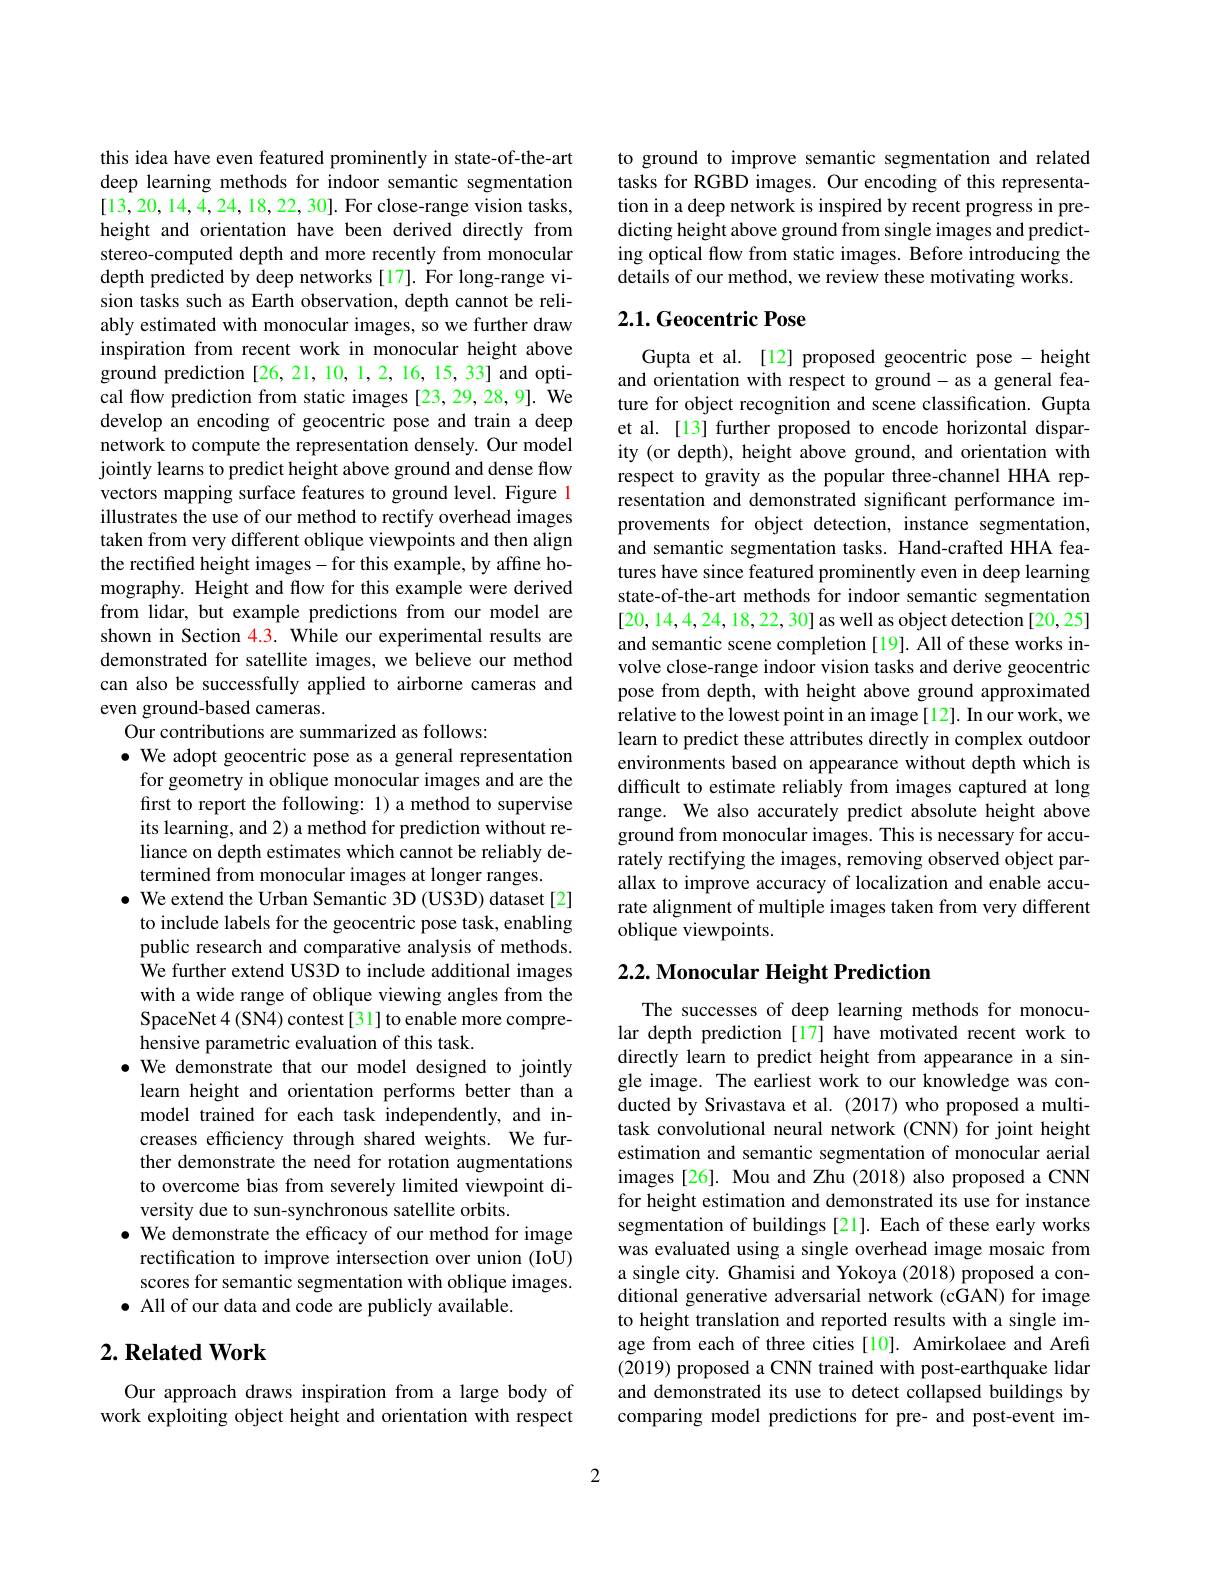
this idea have even featured prominently in state-of-the-art deep learning methods for indoor semantic segmentation [13,20,14,4,24,18,22,30]. For close-range vision tasks, height and orientation have been derived directly from stereo-computed depth and more recently from monocular depth predicted by deep networks [17]. For long-range vision tasks such as Earth observation, depth cannot be reliably estimated with monocular images, so we further draw inspiration from recent work in monocular height above ground prediction [26, 21, 10, 1, 2, 16, 15, 33] and optical flow prediction from static images [23,29,28,9]. We develop an encoding of geocentric pose and train a deep network to compute the representation densely. Our model jointly learns to predict height above ground and dense flow vectors mapping surface features to ground level. Figure 1 illustrates the use of our method to rectify overhead images taken from very different oblique viewpoints and then align the rectified height images-for this example, by affine homography. Height and flow for this example were derived from lidar, but example predictions from our model are shown in Section 4.3. While our experimental results are demonstrated for satellite images, we believe our method can also be successfully applied to airborne cameras and even ground-based cameras.
Our contributions are summarized as follows:
$\bullet$ We adopt geocentric pose as a general representation
for geometry in oblique monocular images and are the first to report the following: 1) a method to supervise its learning, and 2) a method for prediction without reliance on depth estimates which cannot be reliably determined from monocular images at longer ranges.
$\bullet$ We extend the Urban Semantic 3D (US3D) dataset[2] to include labels for the geocentric pose task, enabling public research and comparative analysis of methods. We further extend US3D to include additional images with a wide range of oblique viewing angles from the SpaceNet 4 (SN4) contest [31] to enable more comprehensive parametric evaluation of this task.
$\bullet$ We demonstrate that our model designed to jointly
learn height and orientation performs better than a model trained for each task independently, and increases efficiency through shared weights. We further demonstrate the need for rotation augmentations to overcome bias from severely limited viewpoint diversity due to sun-synchronous satellite orbits.
$\bullet$ We demonstrate the efficacy of our method for image
rectification to improve intersection over union (IoU) scores for semantic segmentation with oblique images. $\bullet$ All of our data and code are publicly available.

## $2. \textbf{Related Work}$

Our approach draws inspiration from a large body of work exploiting object height and orientation with respect

to ground to improve semantic segmentation and related tasks for RGBD images. Our encoding of this representation in a deep network is inspired by recent progress in predicting height above ground from single images and predicting optical flow from static images. Before introducing the details of our method, we review these motivating works.

# 2.1. Geocentric Pose

Gupta et al. [12] proposed geocentric pose - height and orientation with respect to ground- as a general feature for object recognition and scene classification. Gupta et al. [13] further proposed to encode horizontal disparity (or depth), height above ground, and orientation with respect to gravity as the popular three-channel HHA representation and demonstrated significant performance improvements for object detection, instance segmentation, and semantic segmentation tasks. Hand-crafted HHA features have since featured prominently even in deep learning state-of-the-art methods for indoor semantic segmentation [20,14,4,24,18,22,30] as well as object detection [20,25] and semantic scene completion [19]. All of these works involve close-range indoor vision tasks and derive geocentric pose from depth, with height above ground approximated relative to the lowest point in an image[12]. In our work, we learn to predict these attributes directly in complex outdoor environments based on appearance without depth which is difficult to estimate reliably from images captured at long range. We also accurately predict absolute height above ground from monocular images. This is necessary for accurately rectifying the images, removing observed object parallax to improve accuracy of localization and enable accurate alignment of multiple images taken from very different oblique viewpoints.

## $2. 2. \textbf{ Monocular Height Prediction}$

The successes of deep learning methods for monocular depth prediction [17] have motivated recent work to directly learn to predict height from appearance in a single image. The earliest work to our knowledge was conducted by Srivastava et al. (2017) who proposed a multitask convolutional neural network (CNN) for joint height estimation and semantic segmentation of monocular aerial images [26]. Mou and Zhu (2018) also proposed a CNN for height estimation and demonstrated its use for instance segmentation of buildings [21]. Each of these early works was evaluated using a single overhead image mosaic from a single city. Ghamisi and Yokoya (2018) proposed a conditional generative adversarial network (cGAN) for image to height translation and reported results with a single image from each of three cities [10]. Amirkolaee and Arefi (2019) proposed a CNN trained with post-earthquake lidar and demonstrated its use to detect collapsed buildings by comparing model predictions for pre- and post-event im-

2